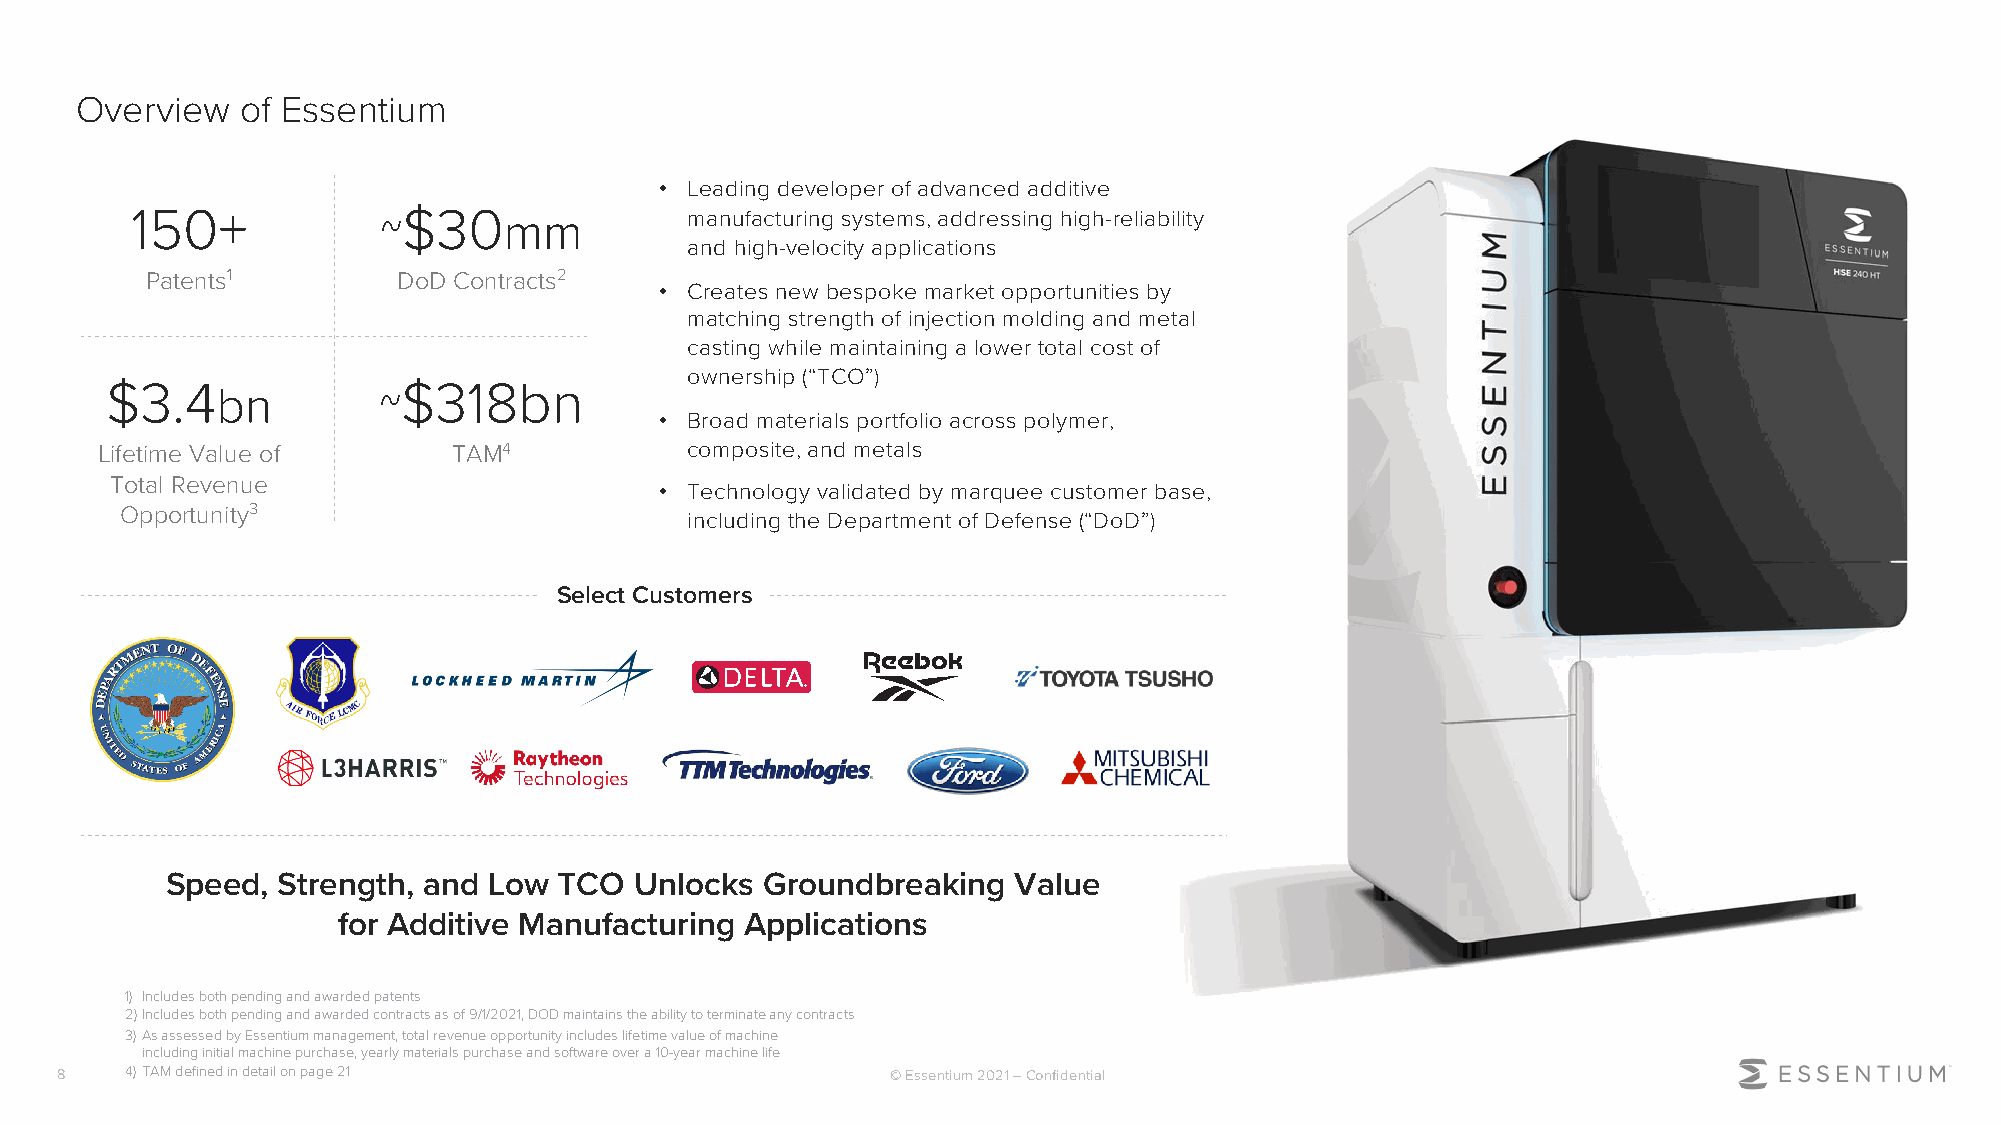
Overview   of Essentium
 • Leading developer of advanced additive
 150+              $30   mm          manufacturing systems, addressing high-reliability
 ~
 and high-velocity applications
 Patents1        DoD Contracts2
 • Creates new bespoke market opportunities by
 matching strength of injection molding and metal
 casting while maintaining a lower total cost of
 ownership (“TCO”)
 $3.4                $318bn
 bn
 ~
 • Broad materials portfolio across polymer,
 Lifetime Value of       TAM4           composite, and metals
 Total Revenue
 • Technology validated by marquee customer base,
 Opportunity3
 including the Department of Defense (“DoD”)
 Select Customers
 Speed, Strength, and Low  TCO  Unlocks Groundbreaking   Value
 for Additive Manufacturing Applications
 1) Includes both pending and awarded patents
 2)Includes both pending and awarded contracts as of 9/1/2021, DOD maintains the ability to terminate any contracts
 3)As assessed by Essentium management, total revenue opportunity includes lifetime value of machine
 including initial machine purchase, yearly materials purchase and software over a 10-year machine life
 8   4)TAM defined in detail on page 21                 © Essentium 2021 –Confidential